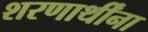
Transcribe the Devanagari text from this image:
शरणार्थींना